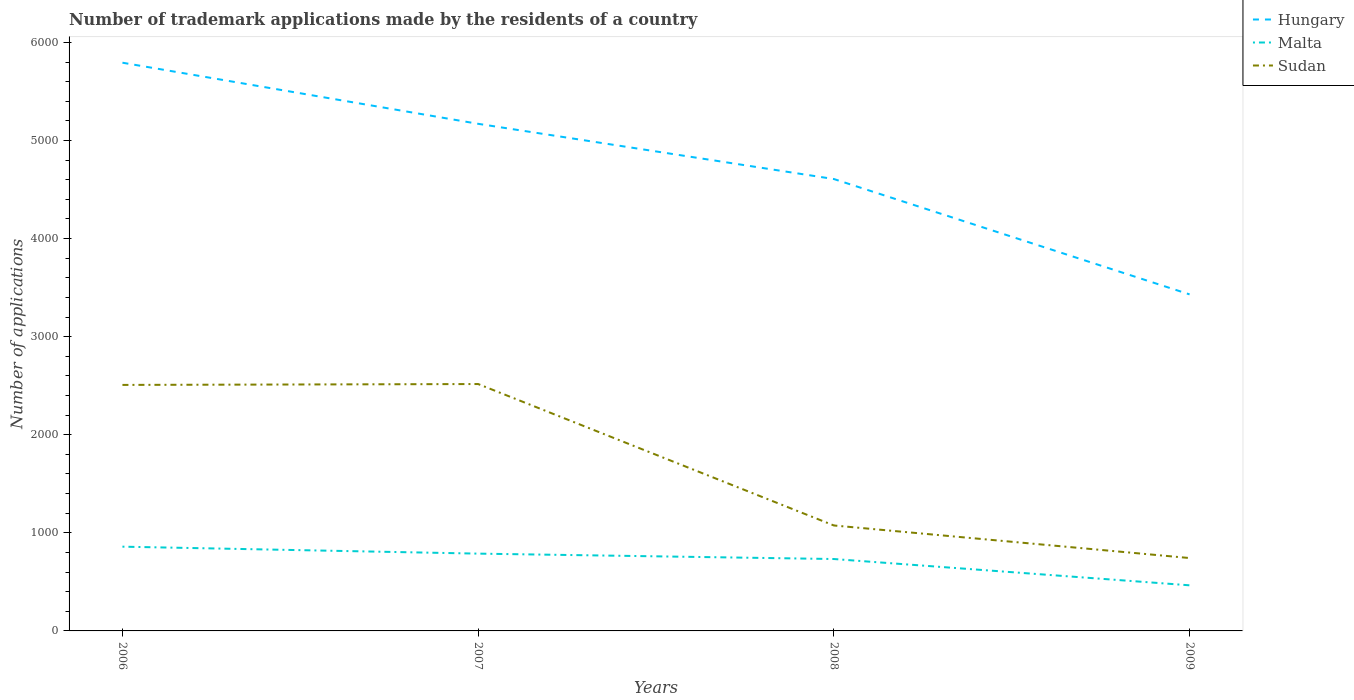
| Years | Hungary | Malta | Sudan |
 | --- | --- | --- | --- |
 | 2006 | 5.79e+03 | 859 | 2.51e+03 |
 | 2007 | 5.17e+03 | 788 | 2.52e+03 |
 | 2008 | 4.61e+03 | 733 | 1.08e+03 |
 | 2009 | 3.43e+03 | 465 | 743 |